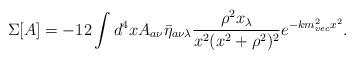
LaTeX: \begin{align*}\Sigma[A]=-12\int d^4x A_{a\nu}\bar{\eta}_{a\nu\lambda} \frac{\rho^2x_\lambda}{x^2(x^2+\rho^2)^2}e^{-km_{vec}^2x^2}.\end{align*}